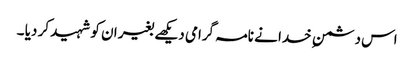
اس دشمن ِ خدا نے نامہ گرامی دیکھے بغیر ان کو شہید کر دیا ۔